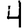
Digit: 4